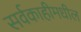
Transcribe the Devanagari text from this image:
सर्वकाहीमधील